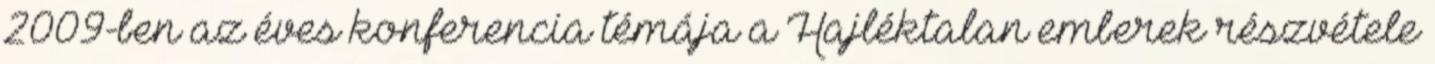
2009-ben az éves konferencia témája a Hajléktalan emberek részvétele